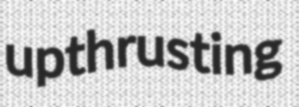
upthrusting